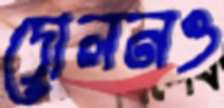
দোলনও